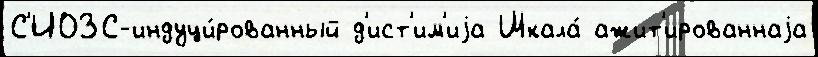
С'ИОЗС-индуци́рованный д'ист'им'иjа Шкала́ ажит'ированнаjа